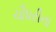
ચૌધરીના